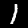
Label: 1